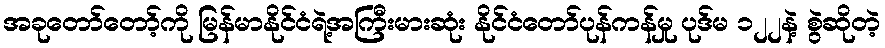
အခုတော်တော့်ကို မြန်မာနိုင်ငံရဲ့အကြီးမားဆုံး နိုင်ငံတော်ပုန်ကန်မှု ပုဒ်မ ၁၂၂နဲ့ စွဲဆိုတဲ့